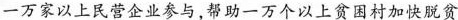
一万家以上民营企业参与，帮助一万个以上贫困村加快脱贫